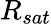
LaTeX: R_{sat}